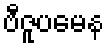
ဗီဇူပမေန